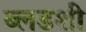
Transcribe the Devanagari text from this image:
ब्लडशी